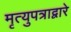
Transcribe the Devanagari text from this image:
मृत्युपत्राद्वारे